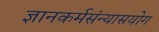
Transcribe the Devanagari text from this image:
ज्ञानकर्मसंन्यासयोग